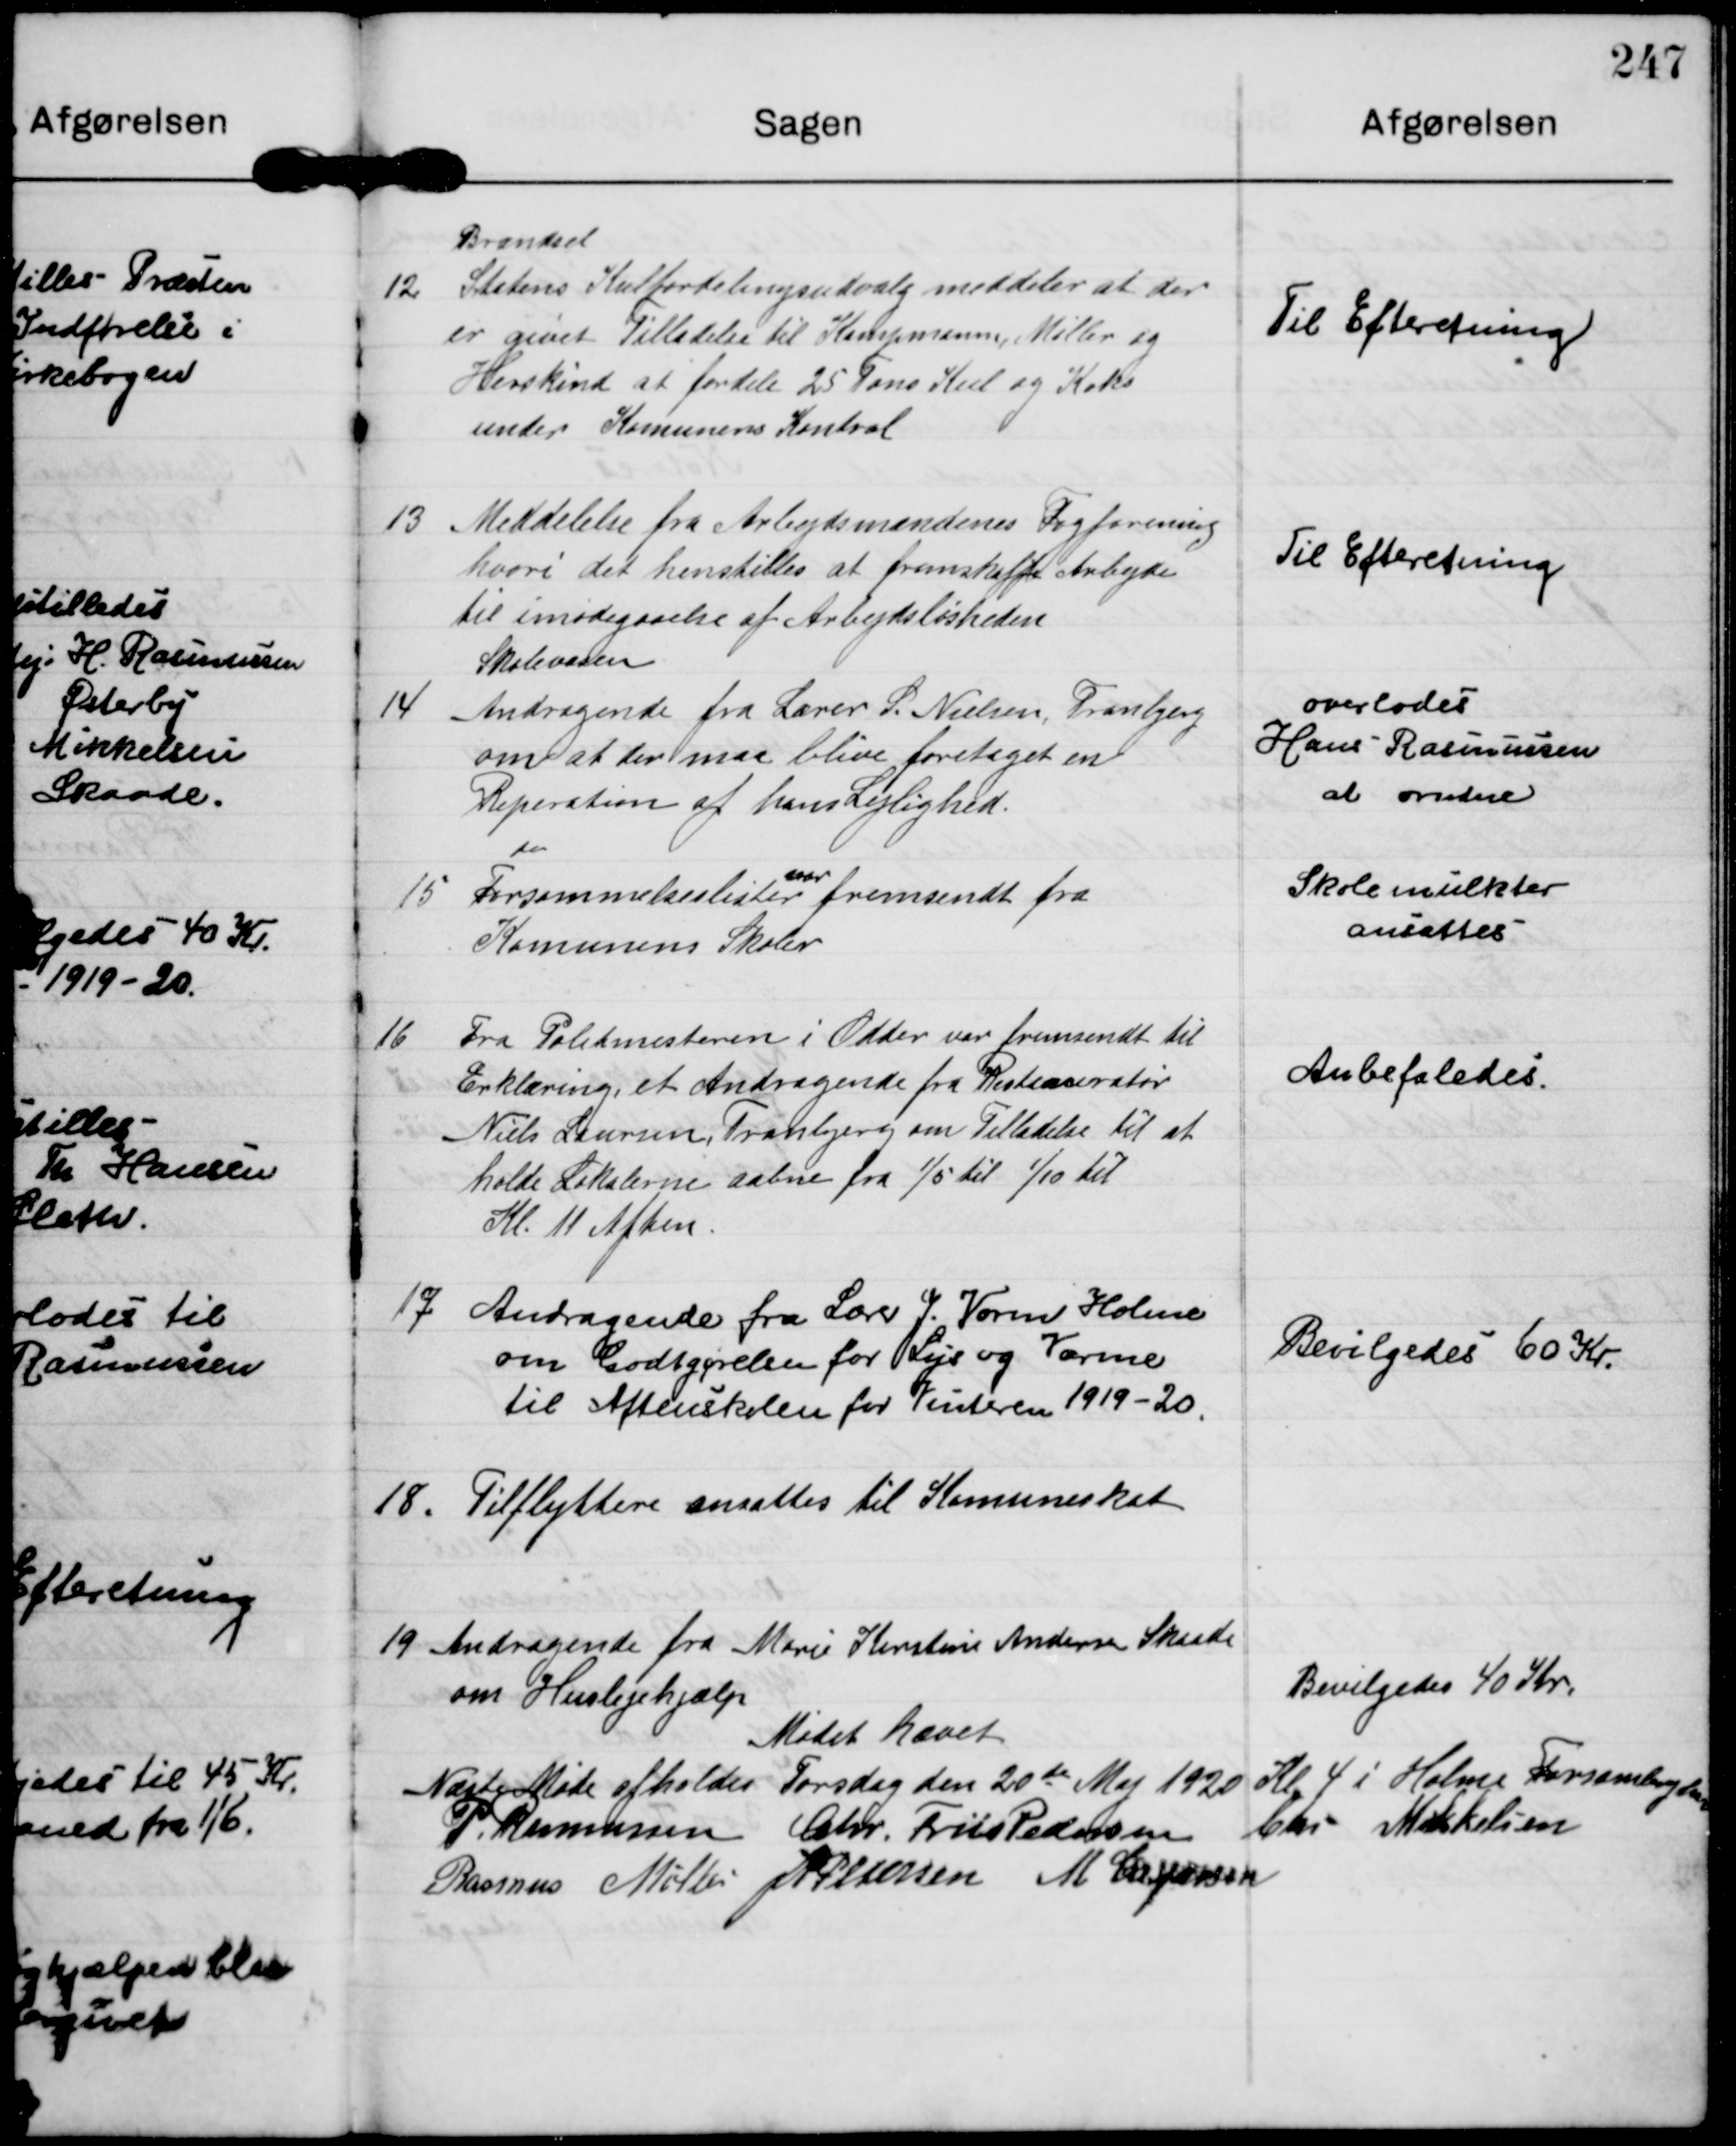
Transskription:
12

Brændsel
Statens Kulfordelingsudvalg meddeler at der
er givet Tilladelse til Kampmann, Møller og
Herskind at fordele 25 Tons Kul og Koks
under Komunens Kontrol

Til Efteretning

13

Meddelelse fra Arbjdsmændenes Fagforening
hvori det henstilles at fremskaffe Arbejde
til imødegaaelse af Arbejdsløsheden

Til Efteretning

14

Skolevæsen
Andragende fra Lærer S. Nielsen, Tranbjerg
om at der maa blive foretaget en
Reperation af hans Lejlighed

overlodes
Hans Rasmussen
at ordne

15

do
Forsømmelseslister
var
fremsendt fra
Komunens Skoler

Skolemulkter
ansattes

16

Fra Politmesteren i Odder var fremsendt til
Erklæring, et Andragende fra Resteauratør
Niels Laursen, Tranbjerg om Tilladelse til at
holde Lokalerne aabne fra 1/5 til 1/10 til
Kl 11 Aften.

Anbefaledes.

17

Andragende fra Lærer J. Vorm Holme
om Godtgørelse for Leje og Varme
til Aftenskolen for Vinteren 1919-20.

Bevilgedes 60 Kr.

18.

Tilflyttere ansattes til Komuneskat

19

Andragende fra Marie Kirstine Andersen Skaade
om Huslejehjælp

Bevilgedes 40 Kr

Mødet hævet

Næste Møde afholdes Torsdag den 20de Maj 1920 Kl 4 i Holme Forsamlingshus
P Rasmussen Chr. Friis Pedersen Chr Mikkelsen
Rasmus Møller J P Pedersen M Caspersen